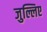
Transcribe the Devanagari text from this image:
जुल्लिए